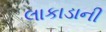
લાકાડાની